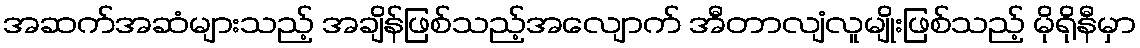
အဆက်အဆံများသည့် အချိန်ဖြစ်သည့်အလျောက် အီတာလျံလူမျိုးဖြစ်သည့် မိုရိုနီမှာ